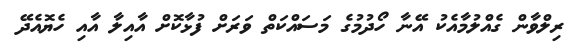
ރިލްވާން ގެއްލުމާއެކު އޭނާ ހޯދުމުގެ މަސައްކަތް ވަރަށް ފުޅާކޮށް އާއިލާ އާއި ހެޔޮއެދޭ